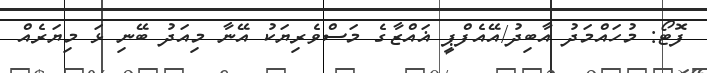
ފޮޓޯ: މުހައްމަދު އާބިދު/އޭއެފްޕީ ޣައްޒާގެ މަސްވެރިޔަކު އޭނާ މިއަދު ބޭނި ޅަ މިޔަރެއް